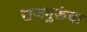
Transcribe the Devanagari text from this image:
राजगुरूंचा